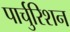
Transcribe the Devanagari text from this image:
पार्चुरिशन